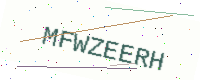
Text: MFWZEERH